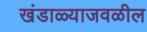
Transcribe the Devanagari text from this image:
खंडाळ्याजवळील